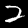
Label: 2